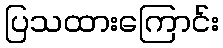
ပြသထားကြောင်း